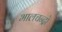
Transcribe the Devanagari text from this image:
भालचन्द्रो